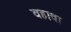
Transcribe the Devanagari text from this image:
वहावा